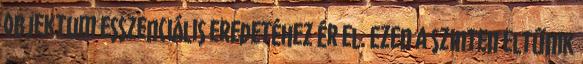
objektum esszenciális eredetéhez ér el. Ezen a szinten eltűnik